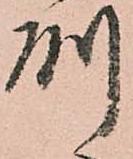
州